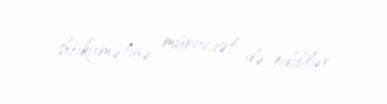
hökumətinə müraciət də ediblər.